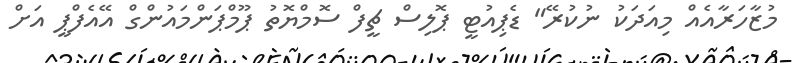
މުޒާހަރާއެއް މިއަދަކު ނުކުރޭ" ޑެޕިއުޓީ ޕޮލިސް ޗީފް ސޮމްޔޮތު ޕޫމްޕަންމައުންގް އޭއެފްޕީ އަށް